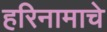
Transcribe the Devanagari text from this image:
हरिनामाचे